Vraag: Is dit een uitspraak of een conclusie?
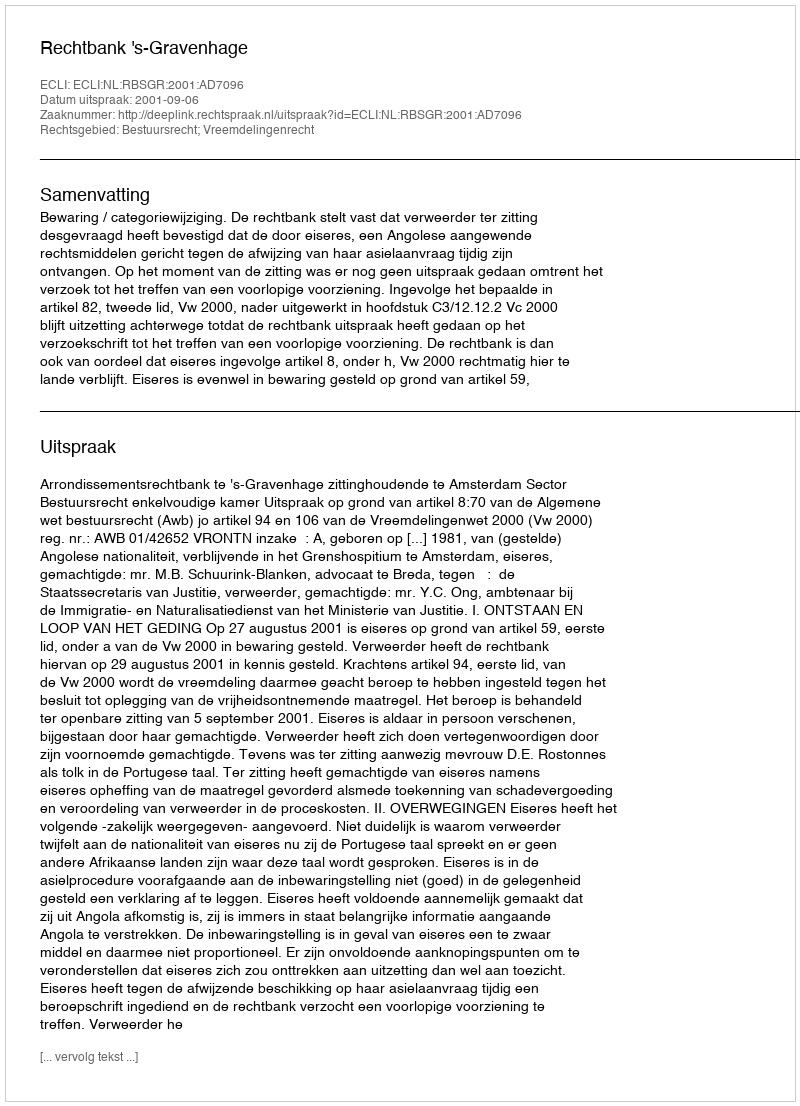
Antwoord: Uitspraak